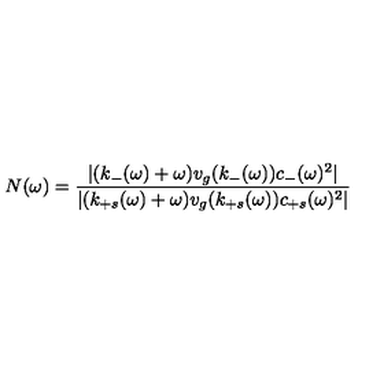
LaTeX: N ( \omega ) = \frac { | ( k _ { - } ( \omega ) + \omega ) v _ { g } ( k _ { - } ( \omega ) ) c _ { - } ( \omega ) ^ { 2 } | } { | ( k _ { + s } ( \omega ) + \omega ) v _ { g } ( k _ { + s } ( \omega ) ) c _ { + s } ( \omega ) ^ { 2 } | }